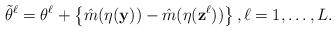
LaTeX: \begin{align*}\tilde{\theta}^\ell = \theta^\ell+\left\{\hat m(\eta(\mathbf y) ) - \hat m(\eta(\mathbf z^\ell) ) \right\}, \ell=1,\dots, L. \end{align*}